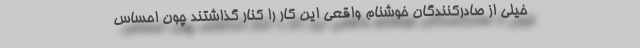
خیلی از صادرکنندگان خوشنام واقعی این کار را کنار گذاشتند چون احساس